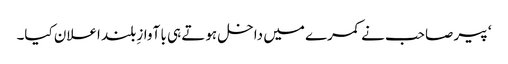
‘ پیر صاحب نے کمرے میں داخل ہوتے ہی با آوازِ بلند اعلان کیا۔